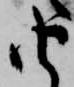
由